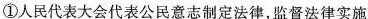
①人民代表大会代表公民意志制定法律，监督法律实施